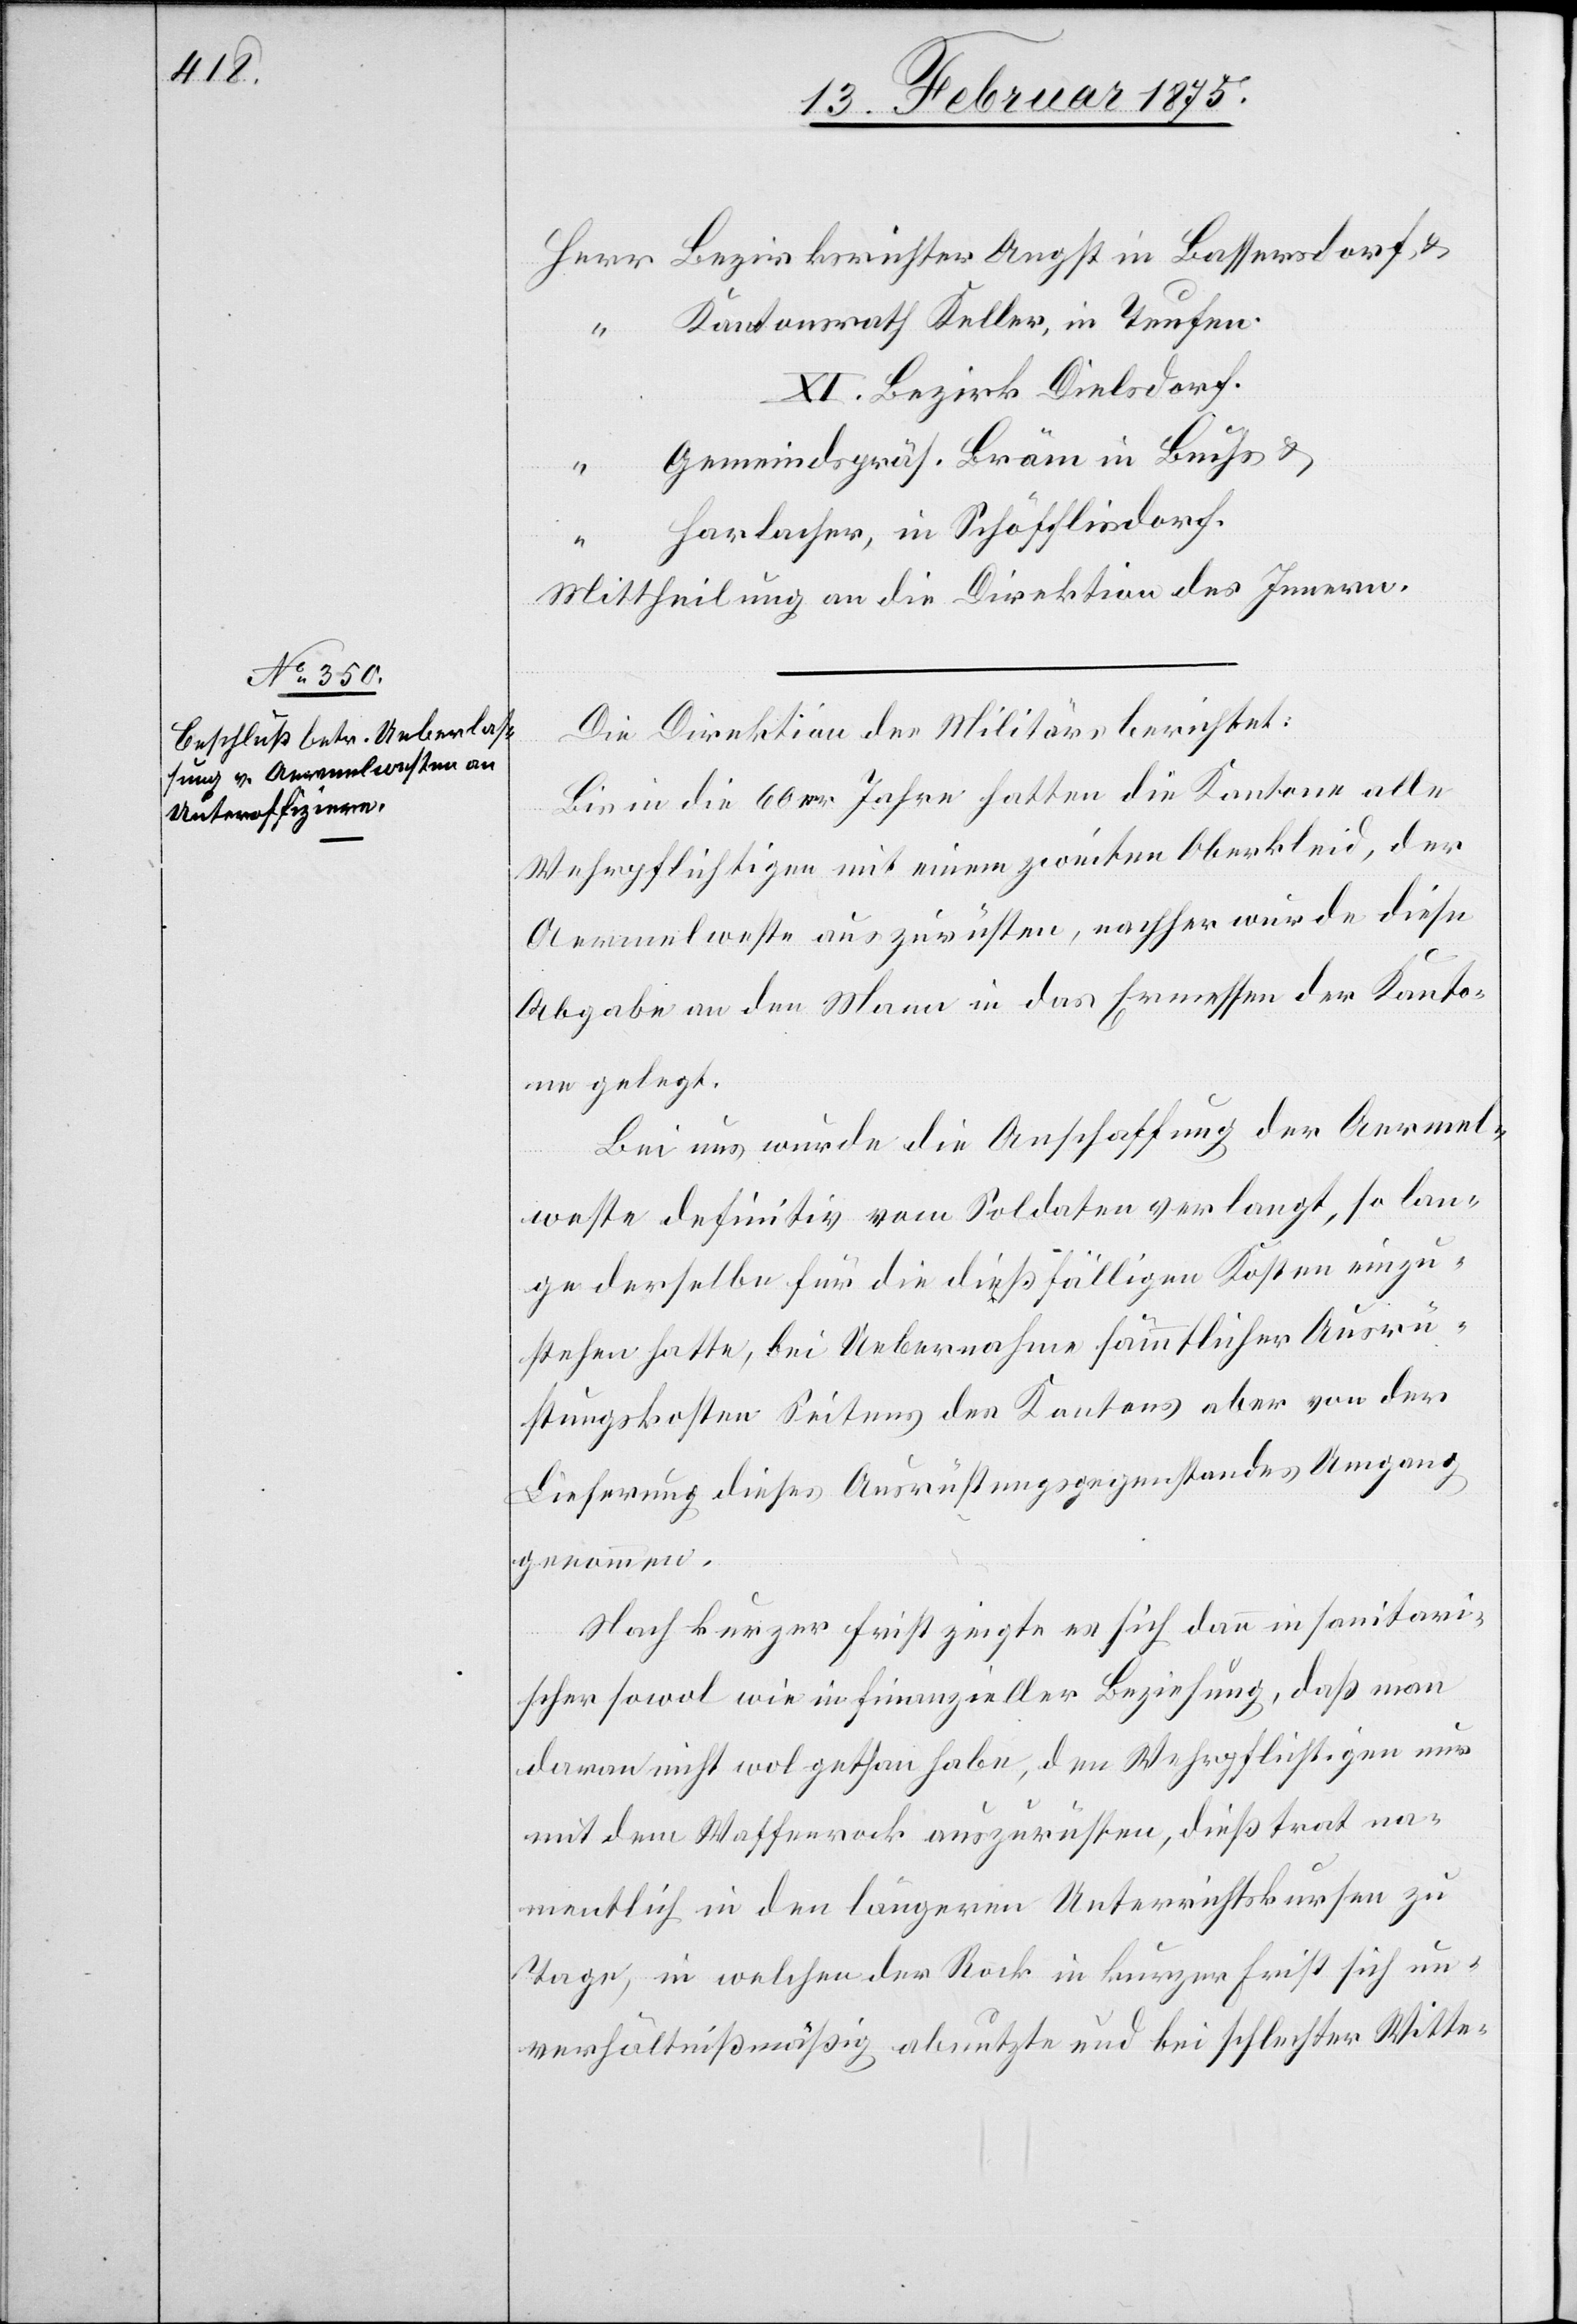
r	Bezirksrichter Angst in Bassersdorf u.
Her¬
“	Kantonsrath Keller, in Teufen.
XI. Bezirk Dielsdorf.
“	Gemeindspräs. Bräm in Buchs u.
genommen.
“	Harlacher, in Schöfflisdorf.
Mittheilung an die Direktion des Innern.
Die Direktion des Militärs berichtet:
Bis in die 60er Jahre hatten die Kantone alle
Wehrpflichtigen mit einem zweiten Oberkleid, der
Aermelweste auszurüsten, nachher wurde diese
Abgabe an den Mann in das Ermessen der Kanto¬
ne gelegt.
Bei uns wurde die Anschaffung der Aermel¬
weste definitiv vom Soldaten verlangt, so lan¬
ge derselbe für die dießfälligen Kosten einzu¬
stehen hatte, bei Uebernahme sämmtlicher Ausrü¬
stungskosten Seitens des Kantons aber von der
Lieferung dieses Ausrüstungsgegenstandes Umgang
Nach kurzer Frist zeigte es ich dann in sanitari¬
scher sowol wie in finanzieller Beziehung, daß man
daran nicht wol gethan habe, den Wehrpflichtigen nur
mit dem Waffenrock auszurüsten, dieß trug na¬
mentlich in den längeren Unterrichtskursen zu
Tage, in welchen der Rock in kurzer Frist sich un¬
verhältnißmäßig abnutzte und bei schlechter Witte-